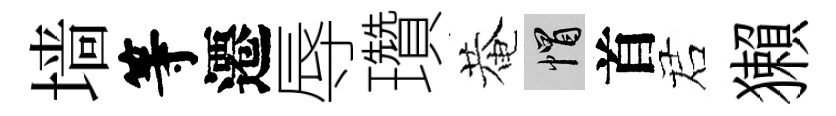
墙等遷辱瓚菴帽首诺獺